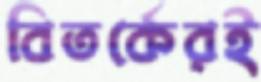
বিতর্কেরই